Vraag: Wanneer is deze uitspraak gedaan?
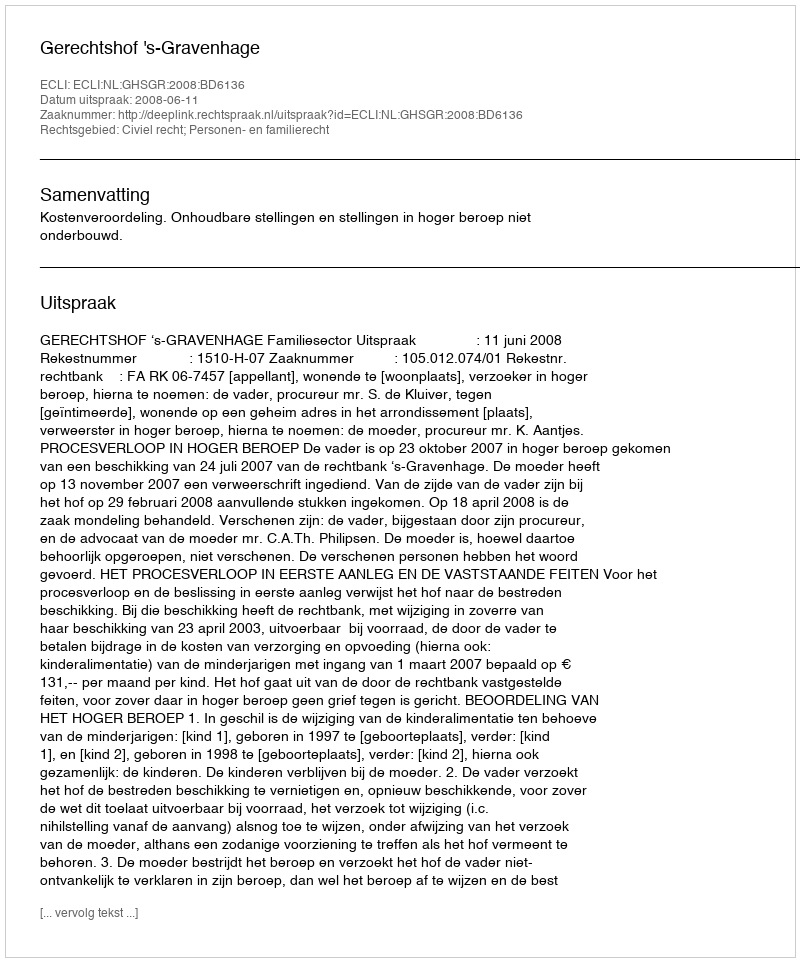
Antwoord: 2008-06-11